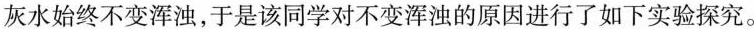
灰水始终不变浑浊，于是该同学对不变浑浊的原因进行了如下实验探究。